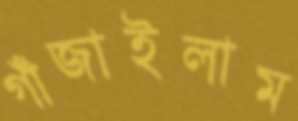
গাঁজাইলাম